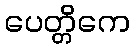
ပေတ္တိကေ